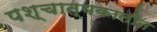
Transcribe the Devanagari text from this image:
पश्चात्यकालीन